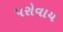
પરોવાય